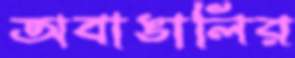
অবাঙালির